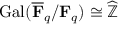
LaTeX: \operatorname { G a l } ( { \overline { { \mathbf { F } } } } _ { q } / \mathbf { F } _ { q } ) \cong { \widehat { \mathbb { Z } } }